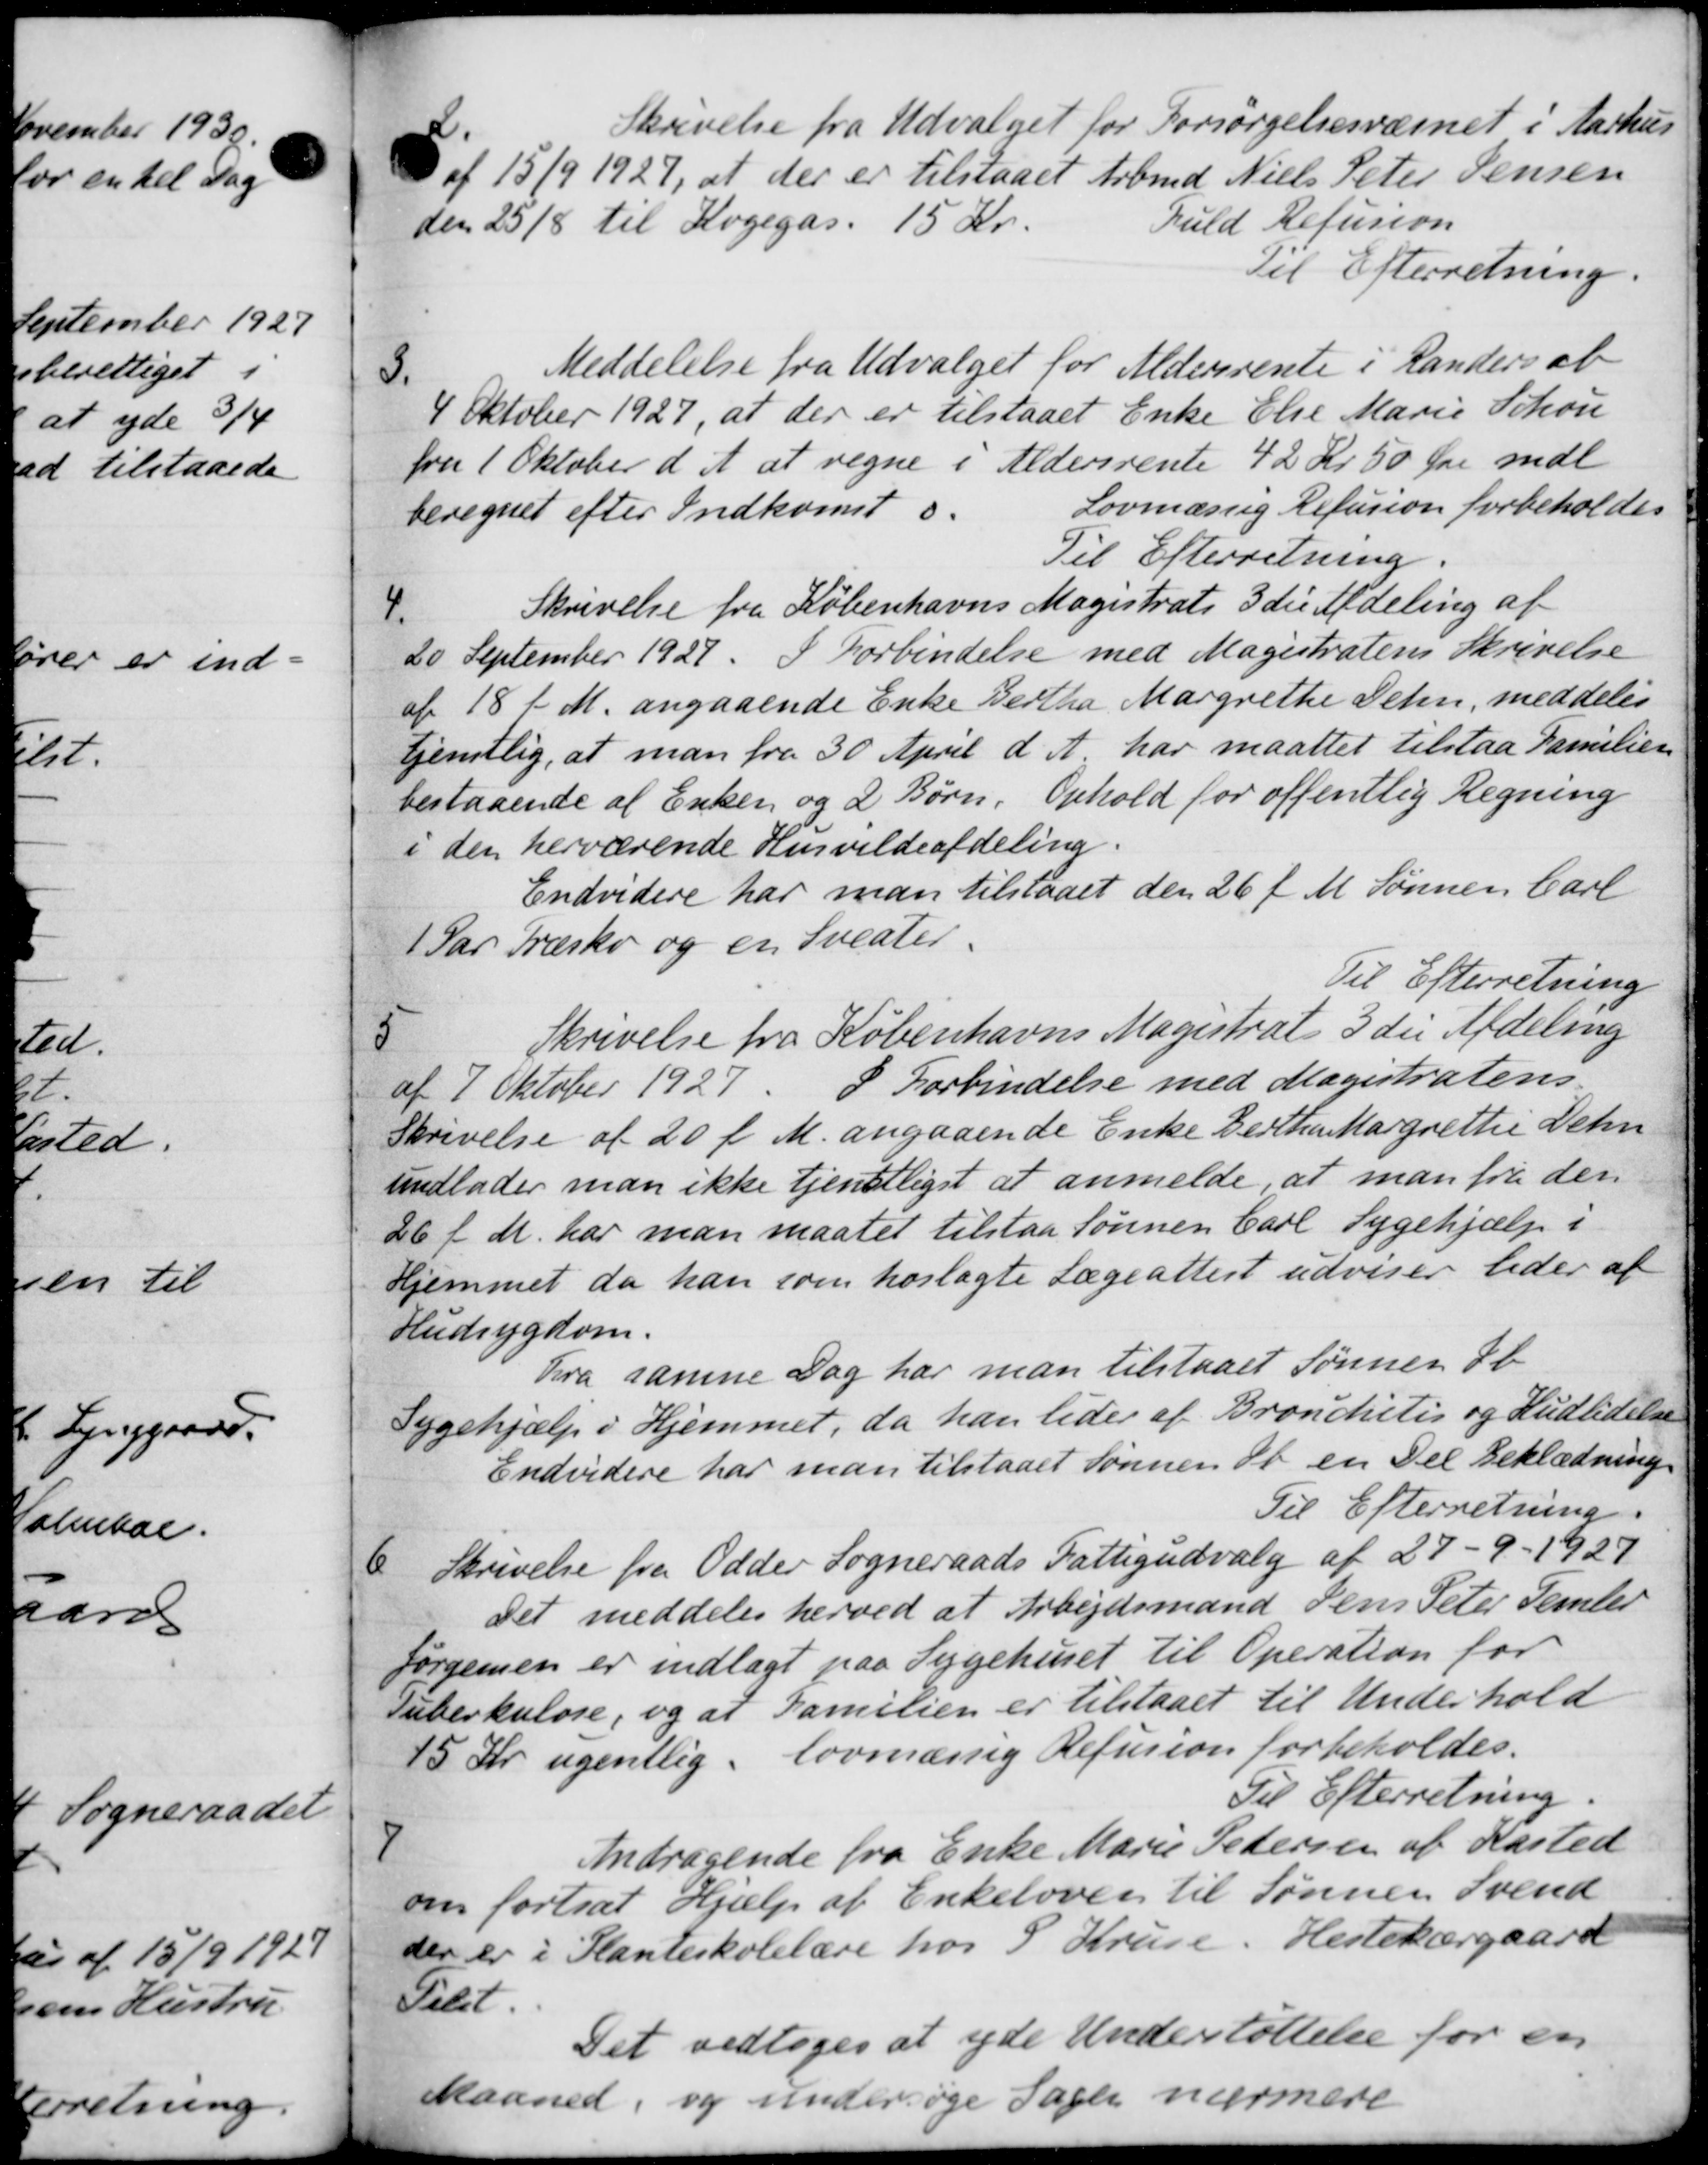
Transskription:
2.
Skrivelse fra Udvalget for Forsørgelsesvæsnet i Aarhus
 af 15/9 1927, at der er tilstaaet Arbmd Niels Peter Jensen
den 25/8 til Kogegas. 15 Kr.
Fuld Refusion
Til Efterretning.
3.
Meddelelse fra Udvalget for Aldersrente i Randers ab
4 Oktober 1927, at der er tilstaaet Enke Else Marie Schou
fra 1 Oktober det at regne i Aldersrente 42 Kr 50 Øre mdl
beregnet efter Indkomst o.
Lovmæssig Refusion forbeholdes
Til Efterretning.
4.
Skrivelse fra Københavns Magistrats 3 die Afdeling af
20 September 1927. I Forbindelse med Magistratens Skrivelse
af 18 f. M. angaaende Enke Bertha Margrethe Delen, meddeles
tjenstlig, at man fra 30 April d. A. har maattet tilstaa Familien
bestaaende af Enken og 2 Børn. Ophold for offentlig Regning
i den herværende Henvildeafdeling.
Endvidere har man tilstaaet den 26 f. M. Sønnen Carl
1 Par Træsko og en Sveater.
Til Efterretning
5
Skrivelse fra Københavns Magistrat 3 die Afdeling
af 7 Oktober 1927. I Forbindelse med Magistratens
Skrivelse af 20 f. M. angaaende Enke Bertha Margrethe Dehn
undlader man ikke tjenstligst at anmelde, at man fra der
26 f. M. har man maatet tilstaa Sønnen Carl Sygehjælp i
Hjemmet da han som hoslagte Lægeattest udviser lider af
Hudsygdom.
Fra samme Dag har man tilstaaet Sønnen b
Sygehjælp i Hjemmet, da han lider af Bronchitis og Hudlidelse
Endvidere har man tilstaaet Sønnen at en Del Beklædning
Til Efterretning.
6.
Skrivelse fra Odder Sogneraads Fattigudvalg af 27 - 9 - 1927
Det meddeles herved at Arbejdsmand Jens Peter Temler
Jørgensen er indlagt paa Sygehuset til Operation for
Tuberkulose, og at Familien er tilstaaet til Underhold
15 Kr ugentlig. lovmæssig Refusion forbeholdes.
Til Efterretning.
7
Andragende fra Enke Marie Pedersen af Kasted
om fortsat Hjælp af Enkeloven til Sønnen Svend
der er i Planteskolelære hos S. Kruse. Hestekærgaard
Telet.
Det vedtoges at yde Understøttelse for en
Maaned, og undersøge Sager nærmere